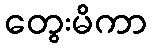
တွေးမိကာ